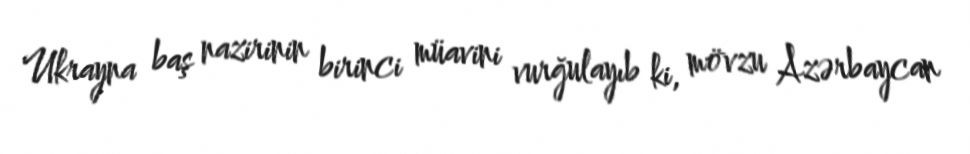
Ukrayna baş nazirinin birinci müavini vurğulayıb ki, mövzu Azərbaycan